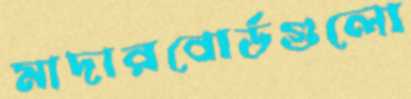
মাদারবোর্ডগুলো